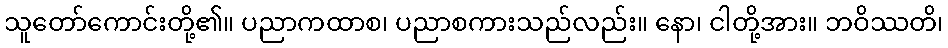
သူတော်ကောင်းတို့၏။ ပညာကထာစ၊ ပညာစကားသည်လည်း။ နော၊ ငါတို့အား။ ဘဝိဿတိ၊